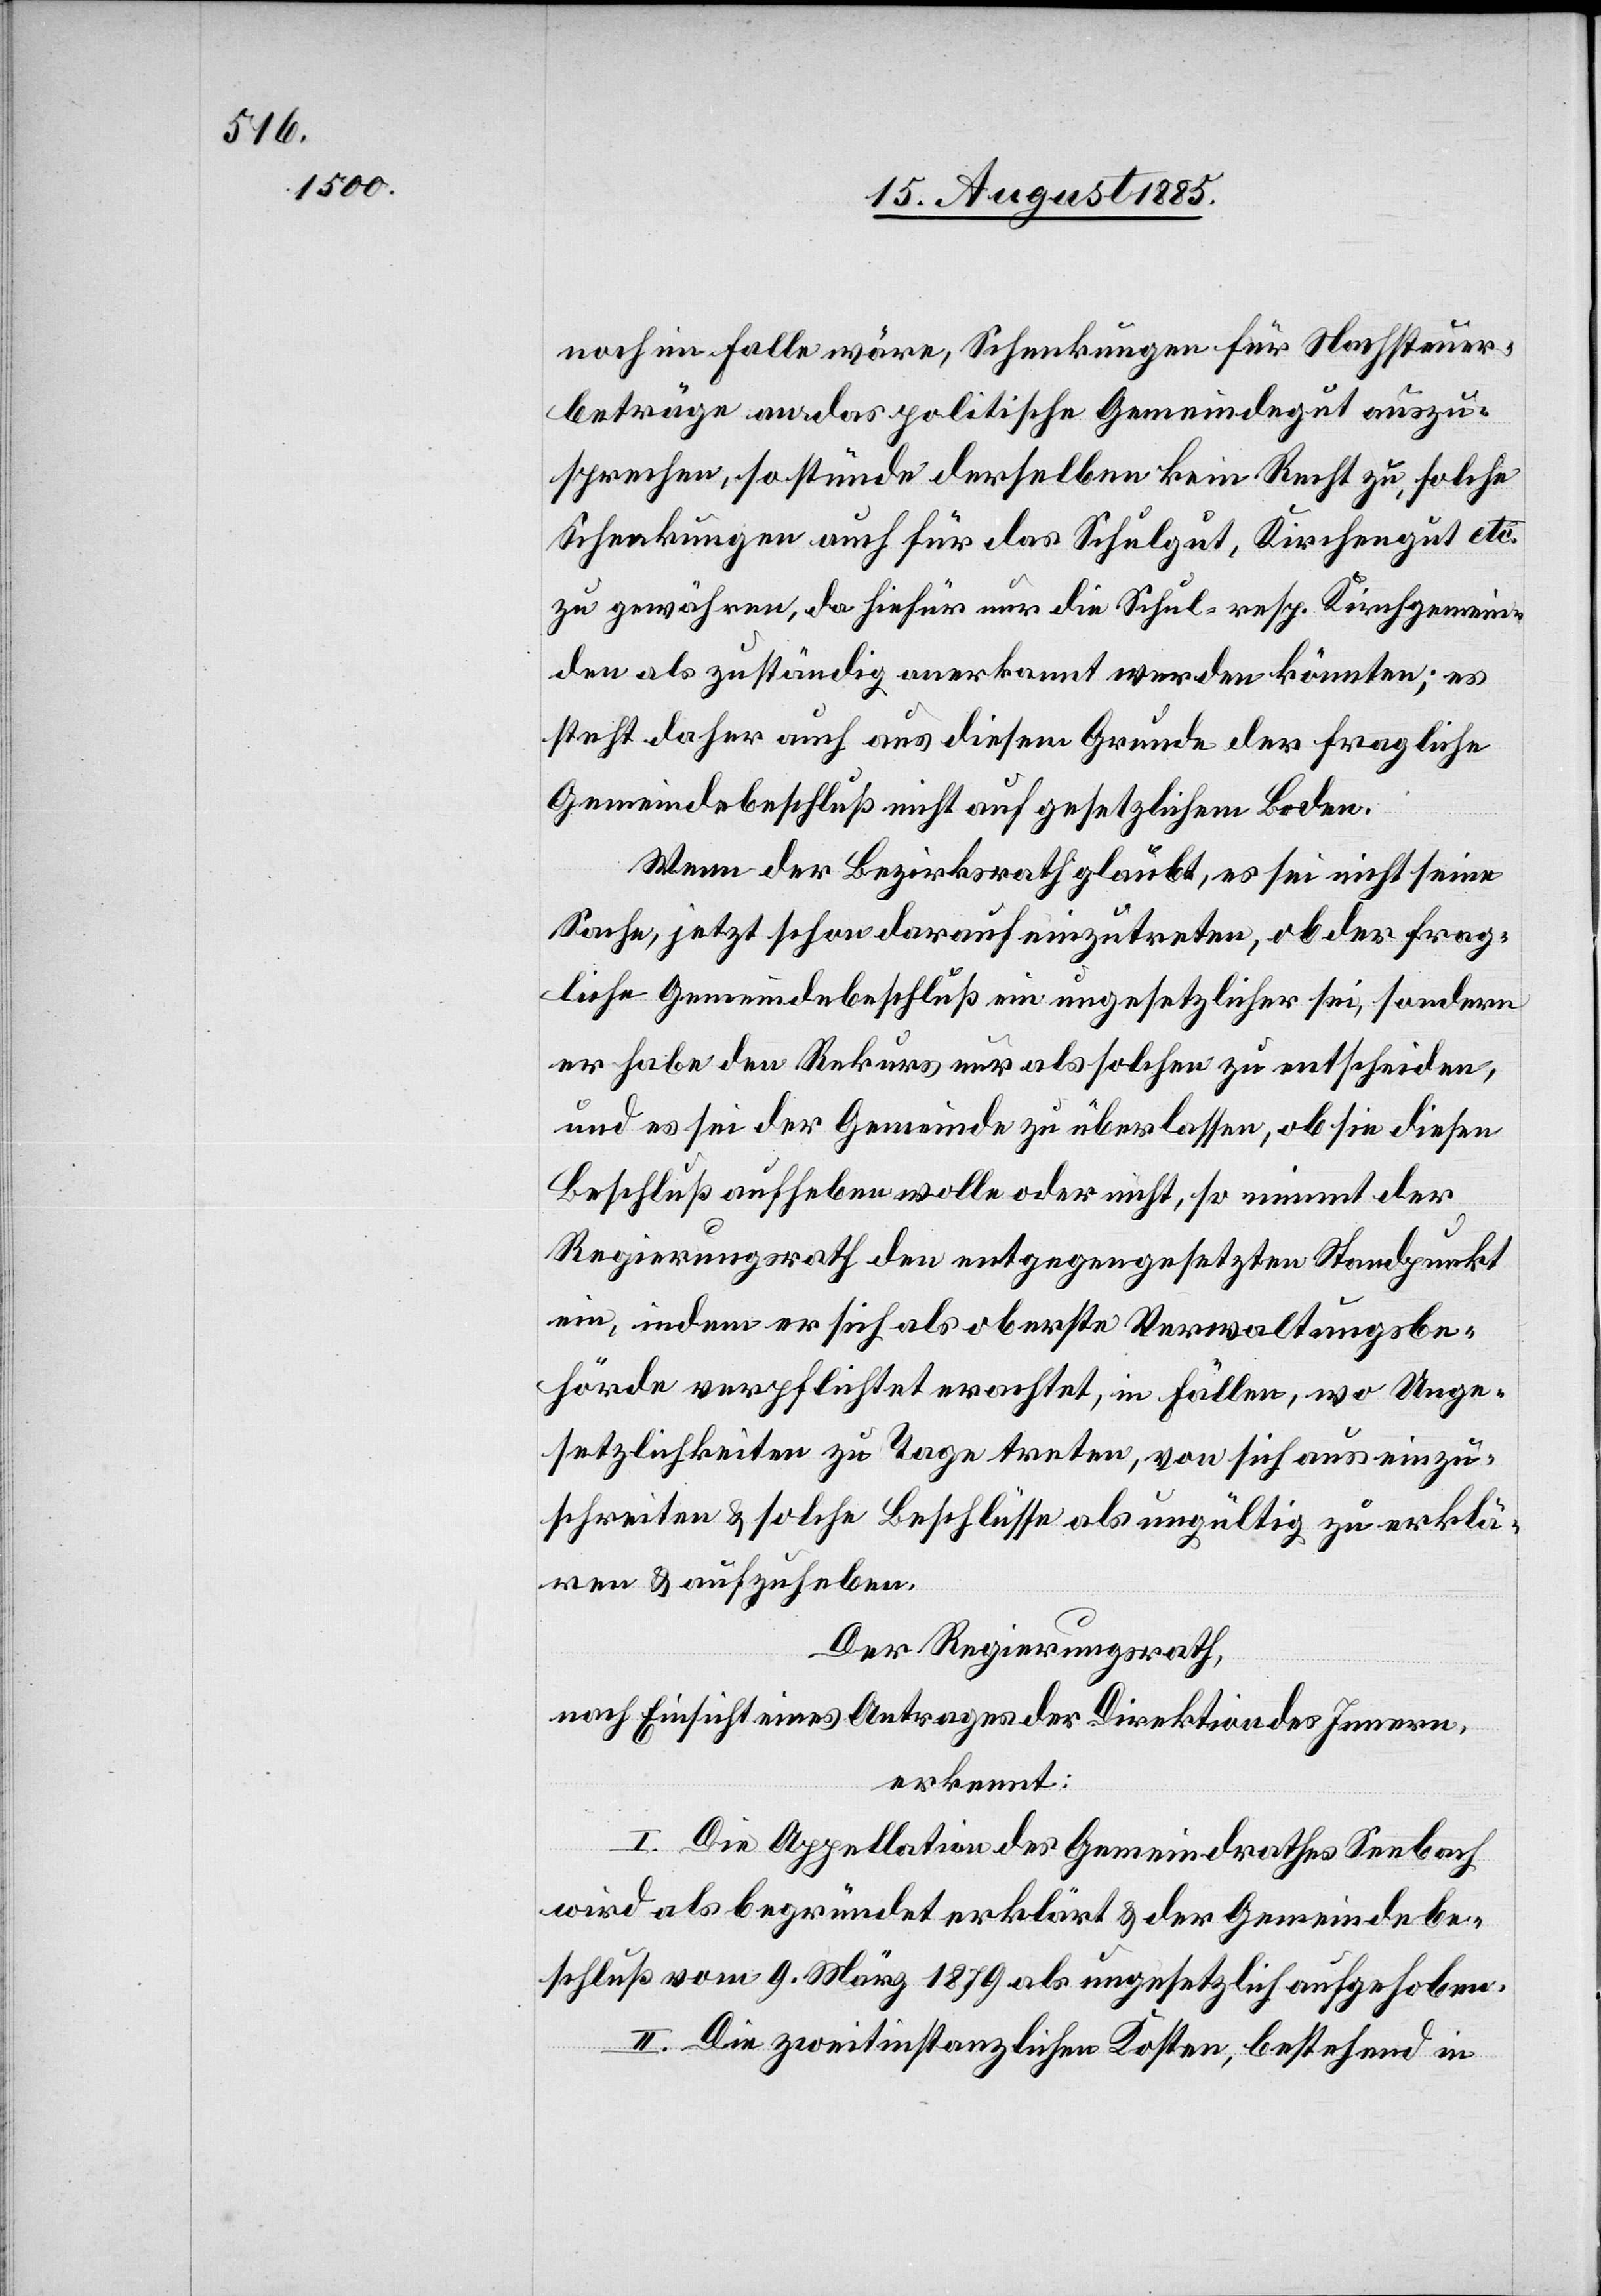
noch im Falle wäre, Schenkungen für Nachsteuer¬
beträge an das politische Gemeindegut auszu¬
sprechen, so stünde derselben kein Recht zu, solche
Schenkungen auch für das Schulgut, Kirchengut etc.
zu gewähren, da hiefür nur die Schul- resp. Kirchengemein¬
den als zuständig anerkannt werden könnten; es
steht daher auch aus diesem Grunde der fragliche
Gemeindebeschluß nicht auf gesetzlichem Boden.
Wenn der Bezirksrath glaubt, es sei nicht seine
Sache, jetzt schon darauf einzutreten, ob der frag¬
liche Gemeindebeschluß ein ungesetzlicher sei, sondern
er habe den Rekurs nur als solchen zu entscheiden,
und es sei der Gemeinde zu überlassen, ob sie diesen
Beschluß aufheben wolle oder nicht, so nimmt der
Regierungsrath den entgegengesetzten Standpunkt
ein, indem er sich als oberste Verwaltungsbe¬
hörde verpflichtet erachtet, in Fällen, wo Unge¬
setzlichkeiten zu Tage treten, von sich aus einzu¬
schreiten & solche Beschlüsse als ungültig zu erklä¬
ren & aufzuheben.
Der Regierungsrath,
nach Einsicht eines Antrages der Direktion des Innern,
erkennt:
I. Die Appellation des Gemeindrathes Seebach
wird als begründet erklärt & der Gemeindebe¬
schluß vom 9. März 1879 als ungesetzlich aufgehoben.
II. Die zweitinstanzlichen Kosten, bestehend in